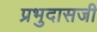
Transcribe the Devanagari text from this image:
प्रभुदासजी